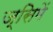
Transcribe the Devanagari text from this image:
ज्सिमें